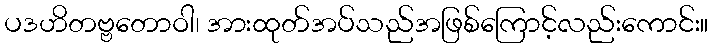
ပဒဟိတဗ္ဗတောဝါ၊ အားထုတ်အပ်သည်အဖြစ်ကြောင့်လည်းကောင်း။